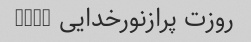
روزت پرازنورخدایی LINK